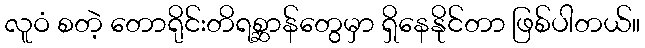
လူဝံ စတဲ့ တောရိုင်းတိရစ္ဆာန်တွေမှာ ရှိနေနိုင်တာ ဖြစ်ပါတယ်။